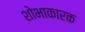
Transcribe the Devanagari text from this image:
शोभाकारक